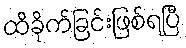
ထိခိုက်ခြင်းဖြစ်ရပြီ